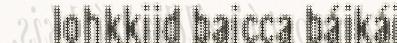
lohkkiid baicca báikái